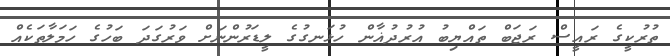
ތުރުކީގެ ރައީސް ރަޖަބް ތައްޔިބު އުރުދުޣާން ހުޅަނގުގެ ލީޑަރުންނަށް ވަރުގަދަ ބަހުގެ ހަމަލާތަކެއް